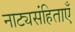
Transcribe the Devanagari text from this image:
नाट्यसंहिताएँ